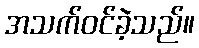
အသက်ဝင်ခဲ့သည်။